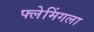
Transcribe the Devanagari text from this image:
फ्लेमिंगला